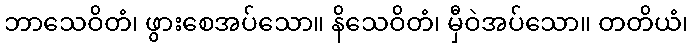
ဘာသေဝိတံ၊ ဖွားစေအပ်သော။ နိသေဝိတံ၊ မှီဝဲအပ်သော။ တတိယံ၊